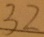
3 2